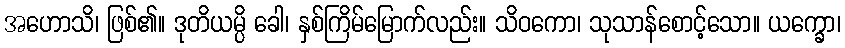
အဟောသိ၊ ဖြစ်၏။ ဒုတိယမ္ပိ ခေါ၊ နှစ်ကြိမ်မြောက်လည်း။ သိဝကော၊ သုသာန်စောင့်သော။ ယက္ခော၊